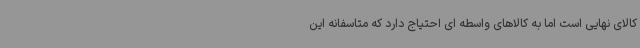
کالای نهایی است اما به کالاهای واسطه ای احتیاج دارد که متاسفانه این